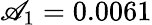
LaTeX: \mathscr{A}_{1}=0.0061